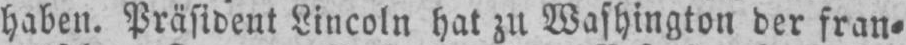
haben. Präsident Lincoln hat zu Washington der fran⸗